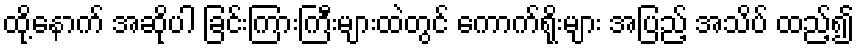
ထို့နောက် အဆိုပါ ခြင်းကြားကြီးများထဲတွင် ကောက်ရိုးများ အပြည့် အသိပ် ထည့်၍